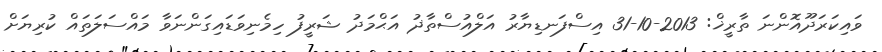
ވައިކަރަދޫއޮންނަ ތާރީޚް: 2013-10-31 އިސްފަނޑިޔާރު އަލްއުސްތާޛު އަޙްމަދު ޝަރީފު ހިމެނިވަޑައިގަންނަވާ މައްސަލަތައް ކުރިޔަށް